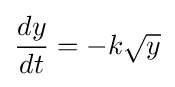
{\frac {dy}{dt}}=-k{\sqrt {y}}